Lunatic asylums Burma 1922-24 - 1922-1924
Year: 1922
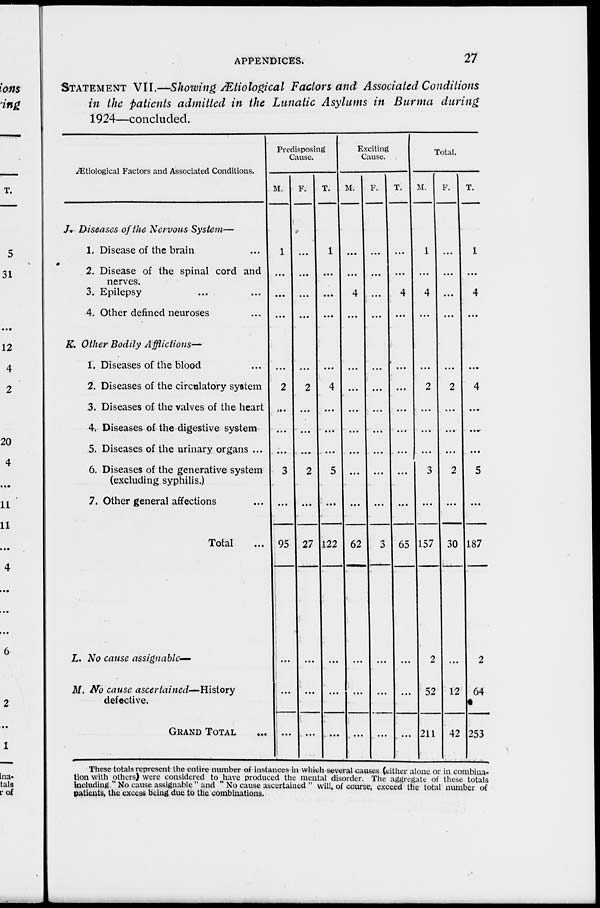
APPENDICES.
27
STATEMENT VII.—Showing Ætiological Factors and Associated Conditions
in the patients admitted in the Lunatic Asylums in Burma during
1924—concluded.
Ætiological Factors and Associated Conditions.
J. Diseases of the Nervous System—
1. Disease of the brain ...
2. Disease of the spinal cord and
nerves.
3. Epilepsy ... ...
4. Other defined neuroses ...
K. Other Bodily Afflictions—
1. Diseases of the blood ...
2. Diseases of the circulatory system
3. Diseases of the valves of the heart
4. Diseases of the digestive system
5. Diseases of the urinary organs ...
6. Diseases of the generative system
(excluding syphilis.)
7. Other general affections ...
Total ...
L. No cause assignable—
M. No cause ascertained—History
defective.
GRAND TOTAL ...
Predisposing
Cause.
M.
1
...
...
...
...
2
...
...
...
3
...
95
...
...
...
F.
...
...
...
...
...
2
...
...
...
2
...
27
...
...
...
T.
1
...
...
...
...
4
...
...
...
5
...
122
...
...
...
Exciting
Cause.
M.
...
...
4
...
...
...
...
...
...
...
...
62
...
...
...
F.
...
...
...
...
...
...
...
...
...
...
...
3
...
...
...
T.
...
...
4
...
...
...
...
...
...
...
....
65
...
...
...
Total.
M.
1
...
4
...
...
2
...
...
...
3
...
157
2
52
211
F.
...
...
...
...
...
2
...
...
...
2
...
30
...
12
42
T.
1
...
4
...
...
4
...
...
...
5
...
187
2
64
253
These totals represent the entire number of instances in which several causes (either alone or in combina-
tion with others) were considered to have produced the mental disorder. The aggregate of these totals
including " No cause assignable " and " No cause ascertained " will, of course, exceed the total number of
patients, the excess being due to the combinations.